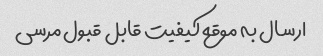
ارسال به موقع کیفیت قابل قبول‌ مرسی